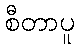
စီတာပူ